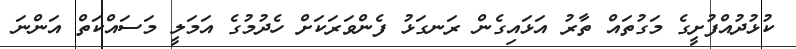
ކުޅުދުއްފުށީގެ މަގުތައް ތާރު އަޅައިގެން ރަނގަޅު ފެންވަރަކަށް ހެދުމުގެ އަމަލީ މަސައްކަތް އަންނަ